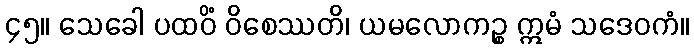
၄၅။ သေခေါ ပထဝိံ ဝိစေဿတိ၊ ယမလောကဉ္စ ဣမံ သဒေဝကံ။